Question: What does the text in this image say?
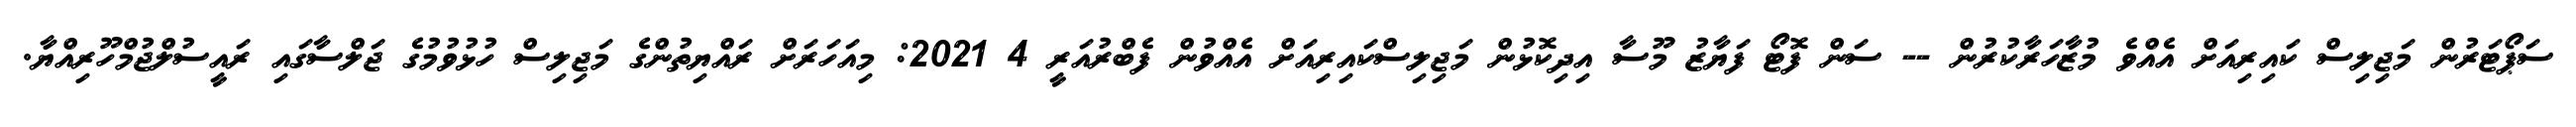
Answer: ސަޕޯޓަރުން މަޖިލިސް ކައިރިއަށް އެއްވެ މުޒާހަރާކުރުން -- ސަން ފޮޓޯ ފަޔާޒު މޫސާ އިދިކޮޅުން މަޖިލިސްކައިރިއަށް އެއްވުން ފެބްރުއަރީ 4 2021: މިއަހަރަށް ރައްޔިތުންގެ މަޖިލިސް ހުޅުވުމުގެ ޖަލްސާގައި ރައީސުލްޖުމްހޫރިއްޔާ.